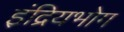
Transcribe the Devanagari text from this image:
इंद्रियभोग